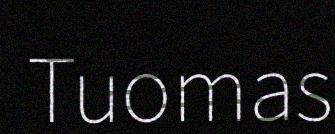
Tuomas